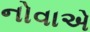
નોવાએ